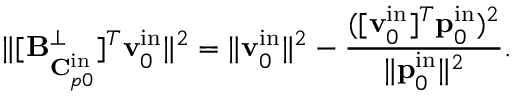
\| [ \mathbf { B } _ { \mathbf { C } _ { p 0 } ^ { \mathrm { i n } } } ^ { \perp } ] ^ { T } \mathbf { v } _ { 0 } ^ { \mathrm { i n } } \| ^ { 2 } = \| \mathbf { v } _ { 0 } ^ { \mathrm { i n } } \| ^ { 2 } - \frac { ( [ \mathbf { v } _ { 0 } ^ { \mathrm { i n } } ] ^ { T } \mathbf { p } _ { 0 } ^ { \mathrm { i n } } ) ^ { 2 } } { \| \mathbf { p } _ { 0 } ^ { \mathrm { i n } } \| ^ { 2 } } .